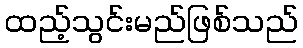
ထည့်သွင်းမည်ဖြစ်သည်